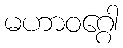
မဟာဝဂ္ဂေါ